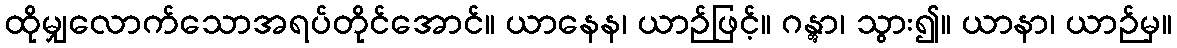
ထိုမျှလောက်သောအရပ်တိုင်အောင်။ ယာနေန၊ ယာဉ်ဖြင့်။ ဂန္တွာ၊ သွား၍။ ယာနာ၊ ယာဉ်မှ။